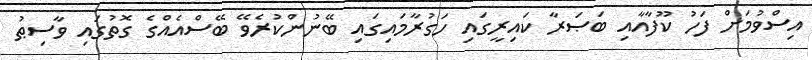
އިސްވުމަށް ފަހު ކޫފާއާއި ބަޞަރާ ކައިރީގައި ހަގުރާމައިގައި ބޭނުންކުރެވޭ ބޭސްއެއްގެ ގޮތުގައި ވާސިޠު